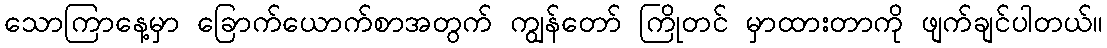
သောကြာနေ့မှာ ခြောက်ယောက်စာအတွက် ကျွန်တော် ကြိုတင် မှာထားတာကို ဖျက်ချင်ပါတယ်။